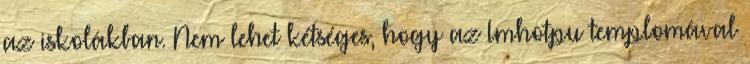
az iskolákban. Nem lehet kétséges, hogy az Imhotpu templomával